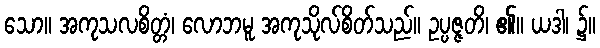
သော။ အကုသလစိတ္တံ၊ လောဘမူ အကုသိုလ်စိတ်သည်။ ဥပ္ပဇ္ဇတိ၊ ၏။ ယဒါ၊ ၌။